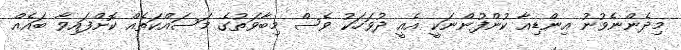
މިދެންނެވުނު އިންޑިއާ ކުންފުންނަކީ އެއީ ދުވަހަކު ވެސް މިބާވަތުގެ މަސައްކަތެއް ކޮށްފައިވާ ބައެއް